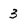
Character: 3